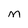
Character: M